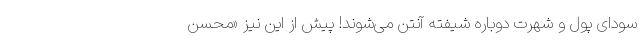
سودای پول و شهرت دوباره شیفته آنتن می‌شوند! پیش از این نیز «محسن